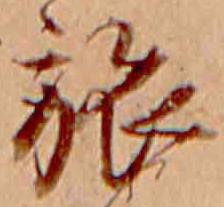
旅